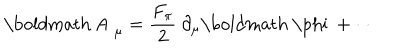
\mathrm { \boldmath ~ A ~ } _ { \mu } = \frac { F _ { \pi } } { 2 } ~ \partial _ { \mu } \mathrm { \boldmath ~ \ p h i ~ } + \cdots